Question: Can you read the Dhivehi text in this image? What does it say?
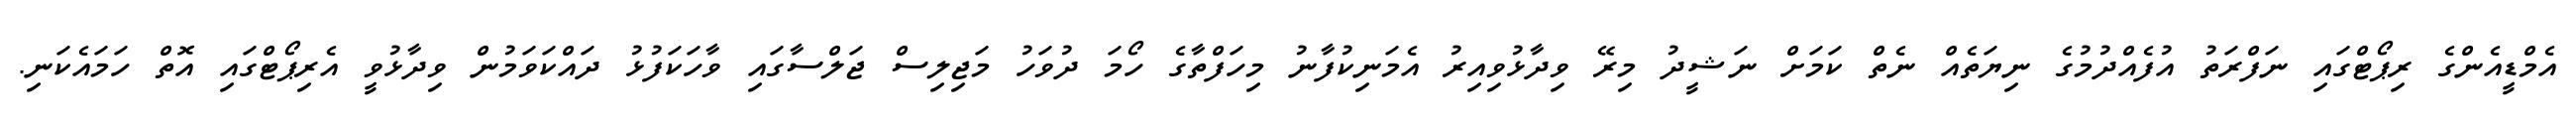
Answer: އެމްޑީއެންގެ ރިޕޯޓްގައި ނަފްރަތު އުފެއްދުމުގެ ނިޔަތެއް ނެތް ކަމަށް ނަޝީދު މިރޭ ވިދާޅުވިއިރު އެމަނިކުފާނު މިހަފްތާގެ ހޯމަ ދުވަހު މަޖިލިސް ޖަލްސާގައި ވާހަކަފުޅު ދައްކަވަމުން ވިދާޅުވީ އެރިޕޯޓްގައި އޮތް ހަމައެކަނި.